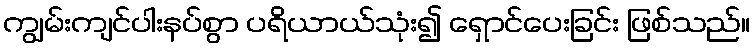
ကျွမ်းကျင်ပါးနပ်စွာ ပရိယာယ်သုံး၍ ရှောင်ပေးခြင်း ဖြစ်သည်။